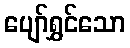
ပျော်ရွှင်သော